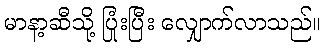
မာနာ့ဆီသို့ ပြုံးပြီး လျှောက်လာသည်။